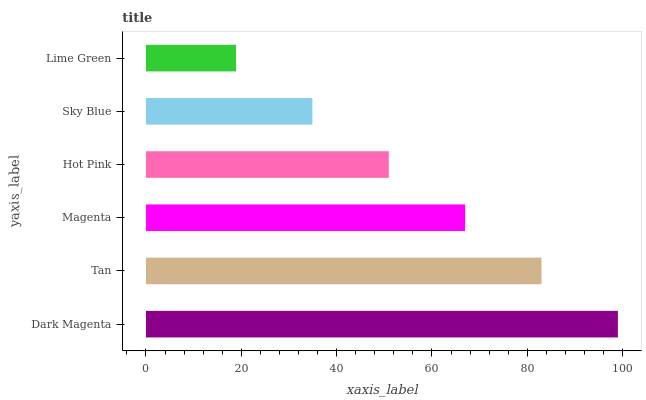
| yaxis_label | bars |
 | --- | --- |
 | Dark Magenta | 99 |
 | Tan | 83 |
 | Magenta | 67 |
 | Hot Pink | 50.9 |
 | Sky Blue | 34.9 |
 | Lime Green | 18.9 |